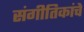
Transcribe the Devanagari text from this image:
संगीतिकांचे